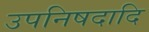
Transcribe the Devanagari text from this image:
उपनिषदादि